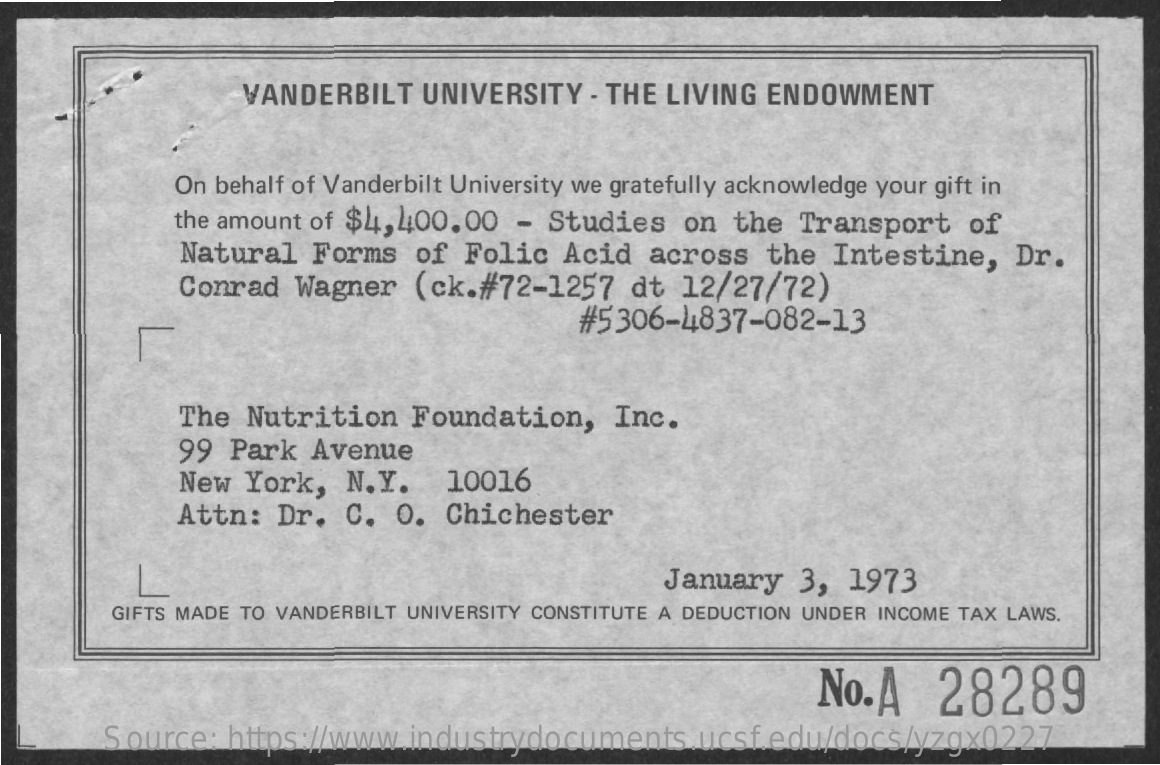
VANDERBILT   UNIVERSITY   - THE LIVING ENDOWMENT
     On behalf of Vanderbilt University we gratefully acknowledge your gift in
     the amount of $4, 400.00 - Studies   on  the  Transport    of
     Natural  Forms   of Folic   Acid  across   the Intestine,    Dr.
     Conrad  Wagner   (ck.#72-1257    dt 12/27/72)
     #5306-4837-082-13
     The Nutrition   Foundation,    Inc.
     99  Park  Avenue
     New  York,  N.Y.    10016
     Attn:  Dr.  C.  O.  Chichester
     January   3,  1973
     GIFTS MADE TO VANDERBILT UNIVERSITY CONSTITUTE A DEDUCTION UNDER INCOME TAX LAWS.
     No.A    28289
     Source:  https://www.industrydocuments.ucsf.edu/docs/yzgx0227